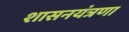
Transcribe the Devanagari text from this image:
शासनयंत्रणा